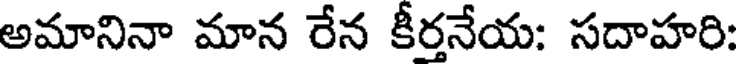
అమానినా మాన రేన కీర్తనేయ: సదాహరి: